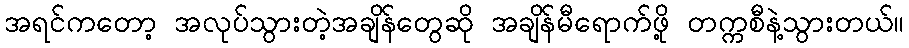
အရင်ကတော့ အလုပ်သွားတဲ့အချိန်တွေဆို အချိန်မီရောက်ဖို့ တက္ကစီနဲ့သွားတယ်။